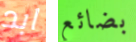
ابد بضائع